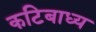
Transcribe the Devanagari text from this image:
कटिबाध्य